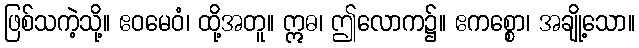
ဖြစ်သကဲ့သို့။ ဧဝမေဝံ၊ ထို့အတူ။ ဣဓ၊ ဤလောက၌။ ဧကစ္စော၊ အချို့သော။